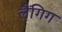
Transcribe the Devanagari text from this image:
लैंगिग